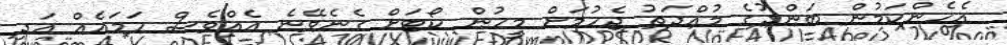
އެހެންކަމުން ބަންދުގެ މުއްދަތު ޖެހުމަށް މީހުން ކޯޓަށް ގެނެވޭނެ އެއްވެސް ހަމައެއް އަދި